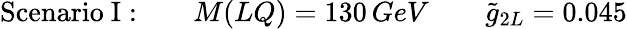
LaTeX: \mathrm{Scenario~I:}\qquad M(LQ)=130\, GeV\qquad\tilde{g}_{2L}=0.045